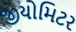
જીયોમિટર